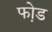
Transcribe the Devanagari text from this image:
फो़ड